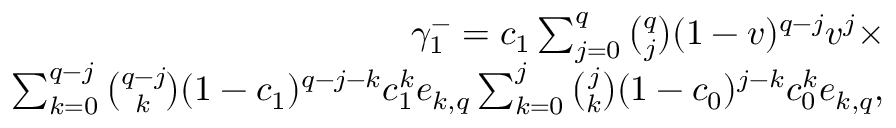
\begin{array} { r } { \gamma _ { 1 } ^ { - } = c _ { 1 } \sum _ { j = 0 } ^ { q } { \binom { q } { j } } ( 1 - v ) ^ { q - j } v ^ { j } \times } \\ { \sum _ { k = 0 } ^ { q - j } { \binom { q - j } { k } } ( 1 - c _ { 1 } ) ^ { q - j - k } c _ { 1 } ^ { k } e _ { k , q } \sum _ { k = 0 } ^ { j } { \binom { j } { k } } ( 1 - c _ { 0 } ) ^ { j - k } c _ { 0 } ^ { k } e _ { k , q } , } \end{array}